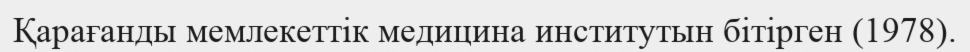
Қарағанды мемлекеттік медицина институтын бітірген (1978).